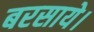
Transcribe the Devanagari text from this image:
बरसाये।